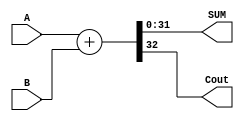
			//ADDER
module ADD_er(A, B, SUM, Cout); 
  input [31:0] A;
  input [31:0] B;
  output Cout;
  output [31:0] SUM;
  reg [31:0] SUM_local,Cout_local;
  always @(*) begin
    {Cout_local,SUM_local[31:0]} = A+B;
  end
  assign SUM = SUM_local[31:0]; //SUM
  assign Cout = Cout_local[31:0]; //Cout
endmodule